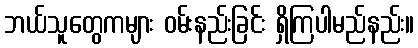
ဘယ်သူတွေကများ ဝမ်းနည်းခြင်း ရှိကြပါမည်နည်း။